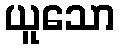
ယူသော